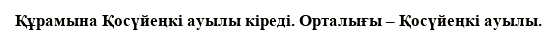
Құрамына Қосүйеңкі ауылы кіреді. Орталығы – Қосүйеңкі ауылы.